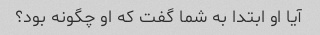
آیا او ابتدا به شما گفت که او چگونه بود؟